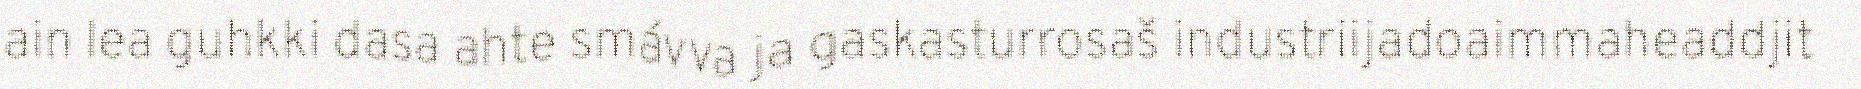
ain lea guhkki dasa ahte smávva ja gaskasturrosaš industriijadoaimmaheaddjit